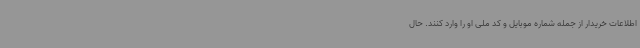
اطلاعات خریدار از جمله شماره موبایل و کد ملی او را وارد کنند. حال